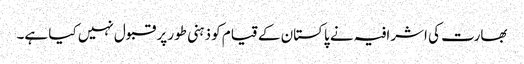
بھارت کی اشرافیہ نے پاکستان کے قیام کو ذہنی طور پر قبول نہیں کیا ہے۔